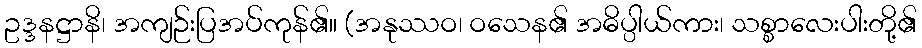
ဥဒ္ဒနဋ္ဌာနိ၊ အကျဉ်းပြအပ်ကုန်၏။ (အနုဿဝ၊ ဝသေန၏ အဓိပ္ပါယ်ကား၊ သစ္စာလေးပါးတို့၏